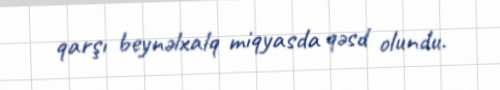
qarşı beynəlxalq miqyasda qəsd olundu.